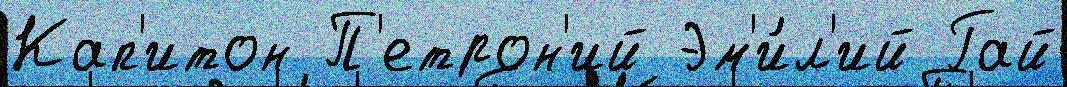
Кап'итон П'етрон'ий Эм'и́л'ий Гай